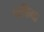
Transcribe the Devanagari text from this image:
व्यक्तिव्त